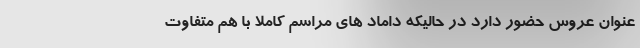
عنوان عروس حضور دارد در حالیکه داماد های مراسم کاملا با هم متفاوت